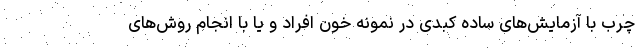
چرب با آزمایش‌های ساده کبدی در نمونه خون افراد و یا با انجام روش‌های